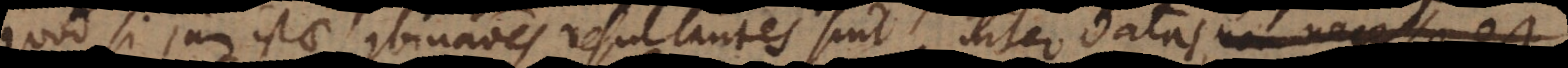
Quod si jam istae combinationes resultantes sint inter datas, non necesse e